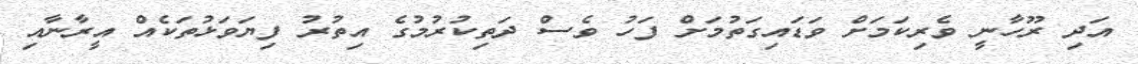
އަދި ރޫހާނީ ވެރިކަމަށް ވަޑައިގަތުމަށް ފަހު ވެސް ދަތިކުރުމުގެ އިތުރު ފިޔަވަޅުތަކެއް އީރާނާއި